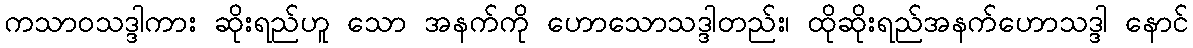
ကသာဝသဒ္ဒါကား ဆိုးရည်ဟူ သော အနက်ကို ဟောသောသဒ္ဒါတည်း၊ ထိုဆိုးရည်အနက်ဟောသဒ္ဒါ နောင်